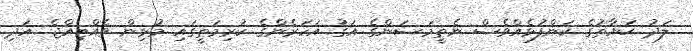
ލަދު ޙަޔާތުގެ ކަންފުޅެއްވެސް ނެތީމަ.ސަންގެ އަގު އަހަރެންގެ ކުރިމަތީގައި މުޅިން ވެއްޓިއްޖެ. އަދި